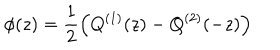
\phi ( z ) = \frac { 1 } { 2 } \left( Q ^ { ( 1 ) } ( z ) - Q ^ { ( 2 ) } ( - z ) \right)